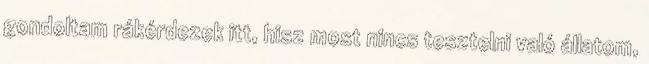
gondoltam rákérdezek itt, hisz most nincs tesztelni való állatom,